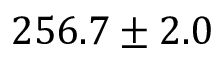
2 5 6 . 7 \pm 2 . 0